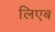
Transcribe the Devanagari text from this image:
लिएब